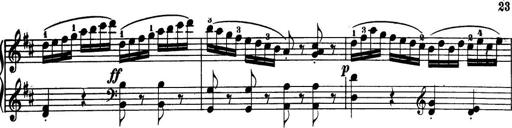
Title: 32 Sonatinas and Rondos for the Piano
Composer: Richard Kleinmichel